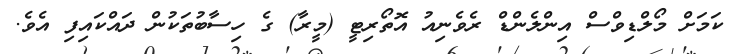
ކަމަށް މޯލްޑިވްސް އިންލެންޑް ރެވެނިއު އޮތޯރިޓީ (މީރާ) ގެ ހިސާބުތަކުން ދައްކައިފި އެވެ.